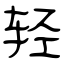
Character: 轻